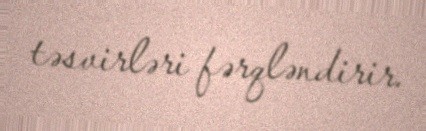
təsvirləri fərqləndirir.